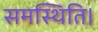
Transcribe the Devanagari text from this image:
समस्थिति।